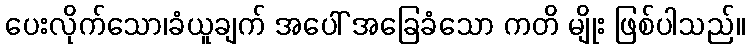
ပေးလိုက်သော၊ခံယူချက် အပေါ် အခြေခံသော ကတိ မျိုး ဖြစ်ပါသည်။